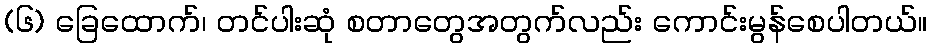
(၆) ခြေထောက်၊ တင်ပါးဆုံ စတာတွေအတွက်လည်း ကောင်းမွန်စေပါတယ်။